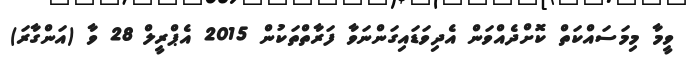
ވީމާ މިމަސައްކަތް ކޮށްދެއްވަން އެދިވަޑައިގަންނަވާ ފަރާތްތަކުން 2015 އެޕްރީލް 28 ވާ (އަންގާރަަ)